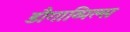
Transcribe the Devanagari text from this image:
डौगाव्पिल्स